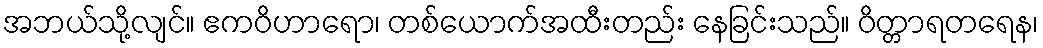
အဘယ်သို့လျင်။ ဧကဝိဟာရော၊ တစ်ယောက်အထီးတည်း နေခြင်းသည်။ ဝိတ္တာရတရေန၊